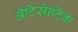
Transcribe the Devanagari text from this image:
अँटिसेप्टिक